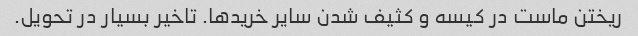
ریختن ماست در کیسه و کثیف شدن سایر خرید‌ها. تاخیر بسیار در تحویل.